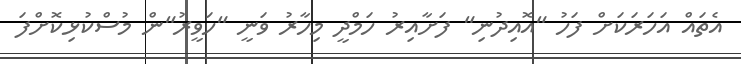
އެތައް އަހަރަކަށް ފަހު "އޮއިދުނި" ފަށާއިރު ހަމްދީ މިހާރު ވަނީ "ހަވީރު"ން މުސްކުޅިކޮށްފަ